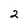
Character: 2